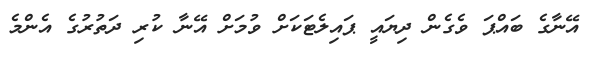
އޭނާގެ ބައްޕަ ވެގެން ދިޔައީ ޕައިލެޓަކަށް ވުމަށް އޭނާ ކުރި ދަތުރުގެ އެންމެ